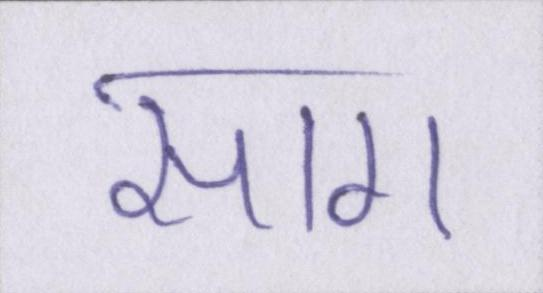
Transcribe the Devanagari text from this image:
साग